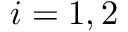
i = 1 , 2